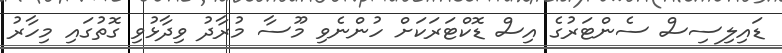
ޑައިލިސިސް ސެންޓަރުގެ އިސް ޑޮކްޓަރަކަށް ހުންނެވި މޫސާ މުރާދު ވިދާޅުވި ގޮތުގައި މިހާރު